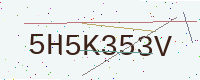
Text: 5H5K353V